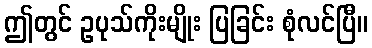
ဤတွင် ဥပုသ်ကိုးမျိုး ပြခြင်း စုံလင်ပြီ။